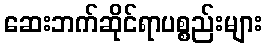
ဆေးဘက်ဆိုင်ရာပစ္စည်းများ